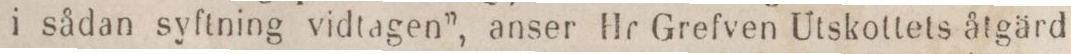
i sådan syftning vidtagen”, anser Hr Grefven Utskottets åtgärd